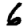
Digit: 6